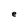
Character: e